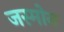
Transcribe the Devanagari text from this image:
जस्मोन